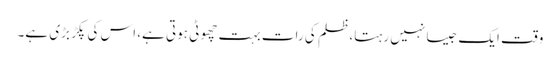
وقت ایک جیسا نہیں رہتا، ظلم کی رات بہت چھوٹی ہوتی ہے، اس کی پکڑ بڑی ہے۔